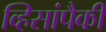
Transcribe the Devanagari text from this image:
व्हिसांपैकी